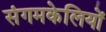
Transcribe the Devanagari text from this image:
संगमकेलियों